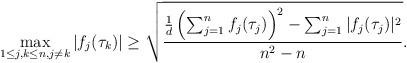
LaTeX: \begin{align*} \max _{1\leq j,k \leq n, j\neq k}|f_j(\tau_k)|\geq \sqrt{\frac{\frac{1}{d}\left(\sum_{j=1}^n f_j(\tau_j)\right)^2-\sum_{j=1}^n |f_j(\tau_j)|^2}{n^2-n}}. \end{align*}